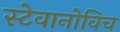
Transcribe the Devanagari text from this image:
स्टेवानोविच